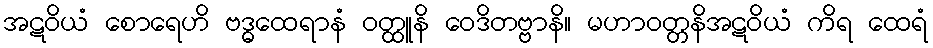
အဋဝိယံ စောရေဟိ ဗဒ္ဓထေရာနံ ဝတ္ထူနိ ဝေဒိတဗ္ဗာနိ။ မဟာဝတ္တနိအဋဝိယံ ကိရ ထေရံ